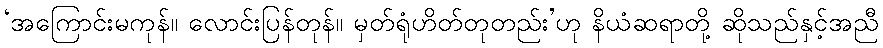
‘အကြောင်းမကုန်။ လောင်းပြန်တုန်။ မှတ်ရုံဟိတ်တုတည်း’ဟု နိယံဆရာတို့ ဆိုသည်နှင့်အညီ